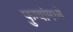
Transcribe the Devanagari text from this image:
फुग्यांमध्ये